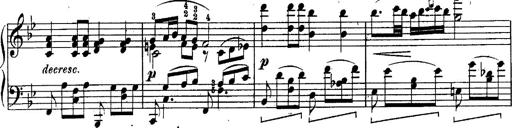
Title: Schubert's Impromptus [revised and edited by Franz Liszt]
Composer: Franz Liszt